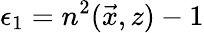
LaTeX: \epsilon_{1}=n^{2}(\vec{x},z)-1